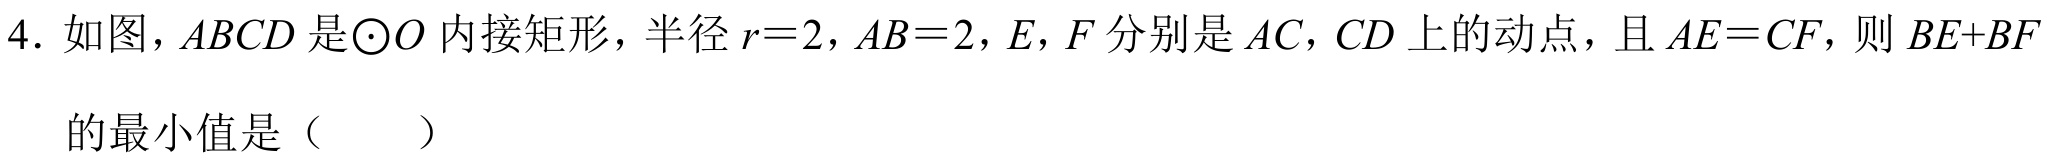
4. 如图，$ABCD$是$\odot O$内接矩形，半径$r = 2$，$AB = 2$，$E,F$分别是$AC,CD$上的动点，且$AE = CF$，则$BE + BF$
的最小值是（  ）